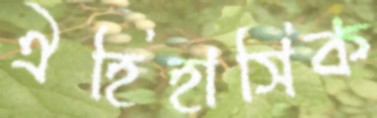
ঐহিহাসিক